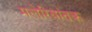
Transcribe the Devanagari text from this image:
मलेरियांतक